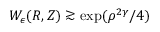
W _ { \epsilon } ( R , Z ) \gtrsim \exp ( \rho ^ { 2 \gamma } / 4 )